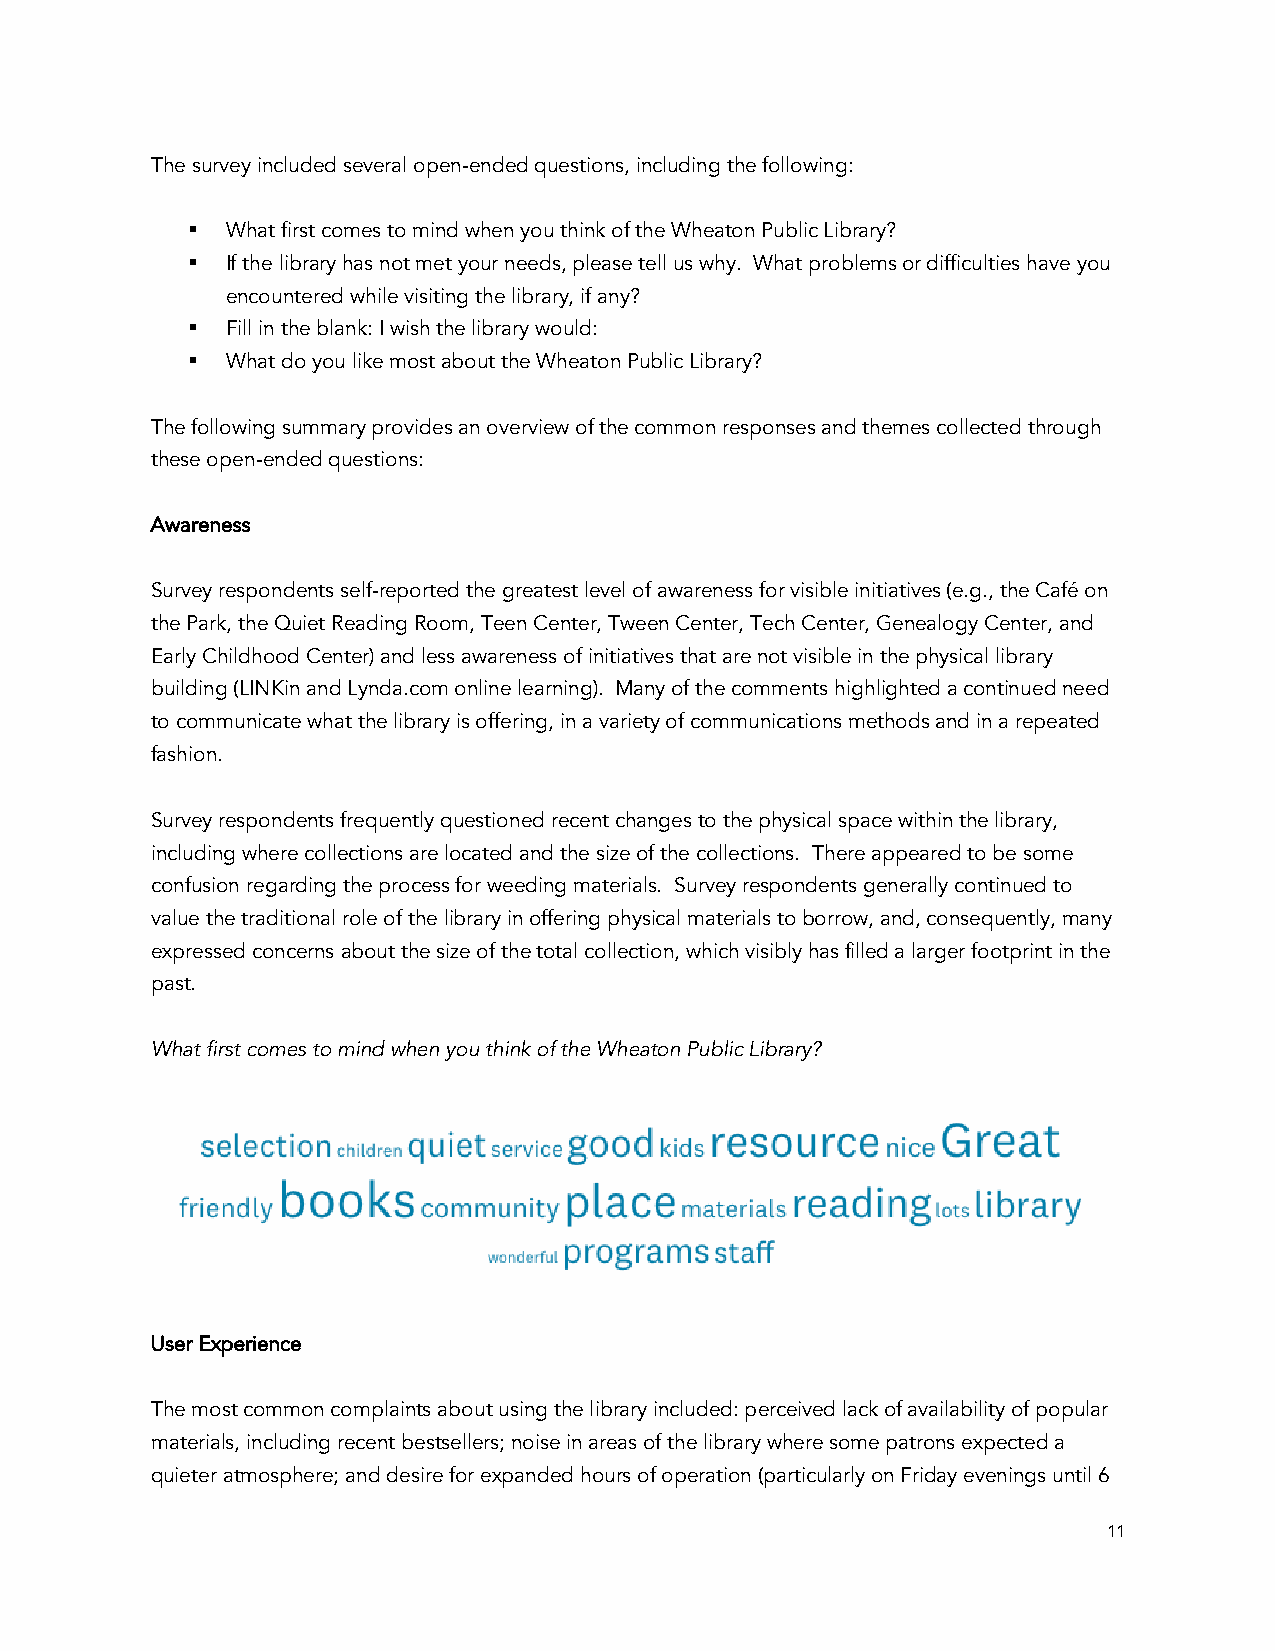
The survey included several open-ended questions, including the following:
 §  What first comes to mind when you think of the Wheaton Public Library?
 §  If the library has not met your needs, please tell us why. What problems or difficulties have you
 encountered while visiting the library, if any?
 §  Fill in the blank: I wish the library would:
 §  What do you like most about the Wheaton Public Library?
 The following summary provides an overview of the common responses and themes collected through
 these open-ended questions:
 Awareness
 Survey respondents self-reported the greatest level of awareness for visible initiatives (e.g., the Café on
 the Park, the Quiet Reading Room, Teen Center, Tween Center, Tech Center, Genealogy Center, and
 Early Childhood Center) and less awareness of initiatives that are not visible in the physical library
 building (LINKin and Lynda.com online learning). Many of the comments highlighted a continued need
 to communicate what the library is offering, in a variety of communications methods and in a repeated
 fashion.
 Survey respondents frequently questioned recent changes to the physical space within the library,
 including where collections are located and the size of the collections. There appeared to be some
 confusion regarding the process for weeding materials. Survey respondents generally continued to
 value the traditional role of the library in offering physical materials to borrow, and, consequently, many
 expressed concerns about the size of the total collection, which visibly has filled a larger footprint in the
 past.
 What first comes to mind when you think of the Wheaton Public Library?
 User Experience
 The most common complaints about using the library included: perceived lack of availability of popular
 materials, including recent bestsellers; noise in areas of the library where some patrons expected a
 quieter atmosphere; and desire for expanded hours of operation (particularly on Friday evenings until 6
 11